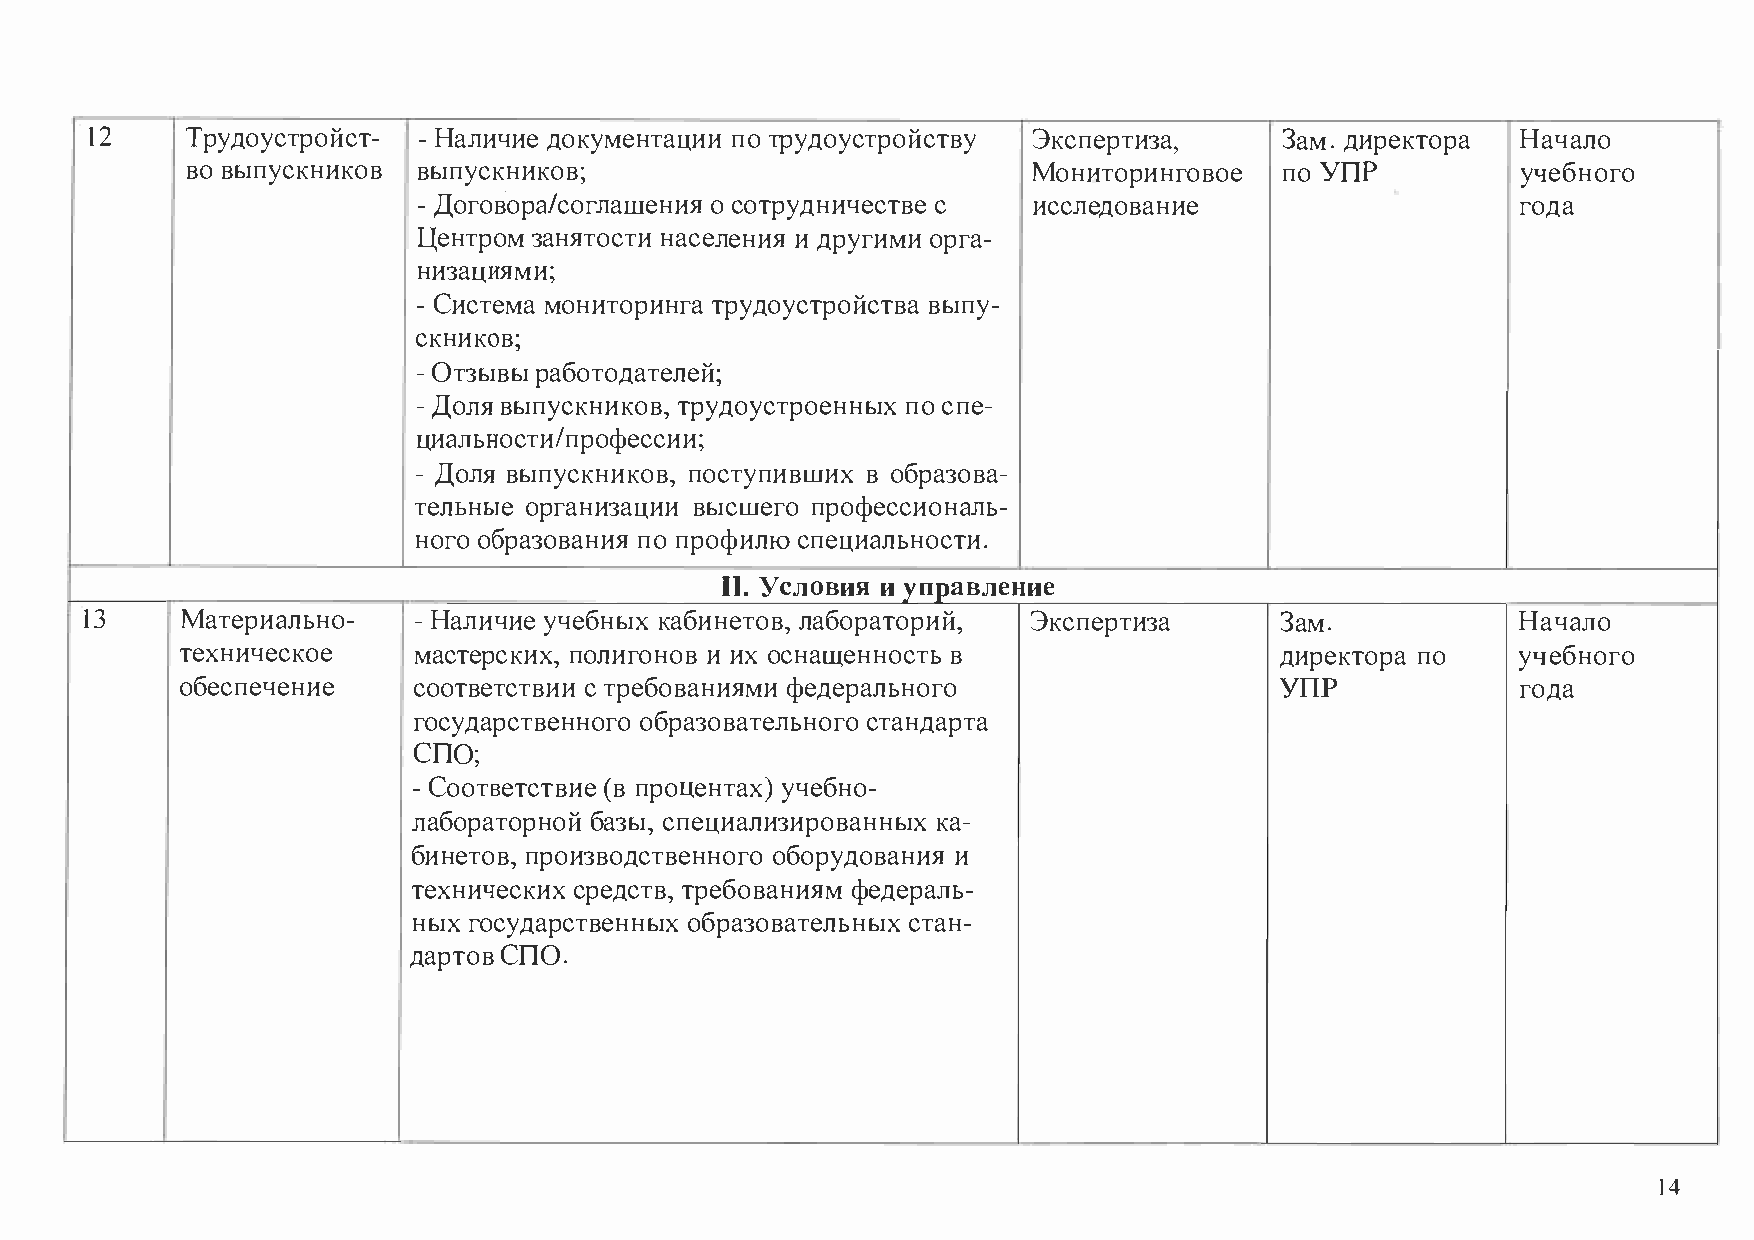
12    Тру доустройст- - Наличие документации по трудоустройству Экспертиза,    Зам. директора  Начало
 во выпускников  выпускников;                            Мониторинговое   поУ ПР          учебного
 - Догов·ора/соглашения о сотрудничестве с исследование                   года
 Центром занятости населения и другими орга-
 низациями;
 - Система мониторинга трудоустройства выпу-
 скников;
 - Отзывы работодателей;
 - Доля выпускников, трудоустроенных по спе-
 циальности/профессии;
 - Доля выпускников, поступивших в образова-
 тельные организации высшего профессиональ-
 ного образования по профилю специальности.
 11. Условия и управление
 13    Материально-   - Наличие учебных кабинетов, лабораторий, Экспертиза      Зам.            Начало
 техническое    мастерских, полигонов и их оснащенность в                 директора по   учебного
 УПР
 обеспечение    соответствии с требованиями федерального                                  года
 государственного образовательного стандарта
 '
 СПО·
 -Соответствие (в процентах) учебно-
 лабораторной базы, специализированных ка-
 бинетов, производственного оборудования и
 технических средств, требованиям федераль-
 ных государственных образовательных стан-
 дартов СПО.
 14